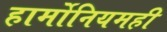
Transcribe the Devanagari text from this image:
हार्मोनियमही